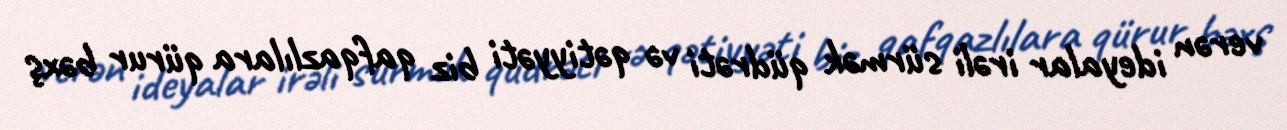
verən ideyalar irəli sürmək qüdrəti və qətiyyəti biz qafqazlılara qürur bəxş